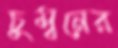
চুম্বনের